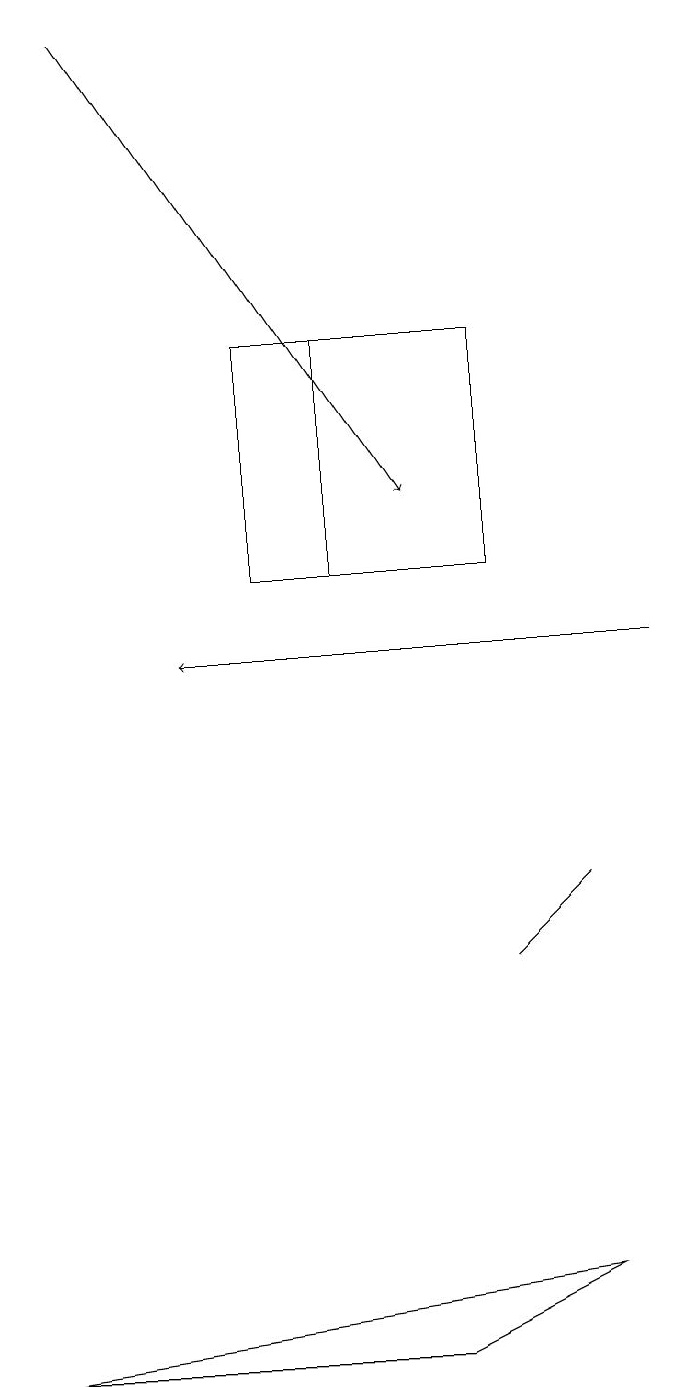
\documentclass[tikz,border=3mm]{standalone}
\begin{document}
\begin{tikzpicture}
\draw (7,8) -- (7,8) -- (6,7) -- cycle;
\draw (6,12) rectangle (4,15);
\draw (7,3) -- (5,2) -- (0,2) -- cycle;
\draw[->] (8,11) -- (2,11);
\draw[->] (1,19) -- (5,13);
\draw (3,12) rectangle (6,15);
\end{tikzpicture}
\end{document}